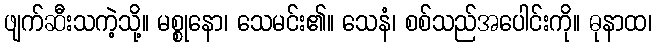
ဖျက်ဆီးသကဲ့သို့။ မစ္စုနော၊ သေမင်း၏။ သေနံ၊ စစ်သည်အပေါင်းကို။ ဓုနာထ၊